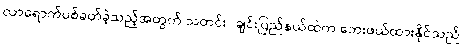
လာရောက်ပစ်ခတ်ခဲ့သည့်အတွက် သတင်း/ ချင်းပြည်နယ်ထဲက ဘေးဖယ်ထားနိုင်သည်